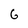
Character: 6